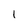
Character: 1